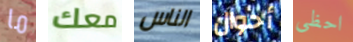
ما معك الناس أحوال احظى